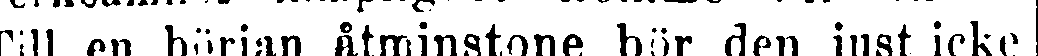
Till en början åtminstone bör den just icke